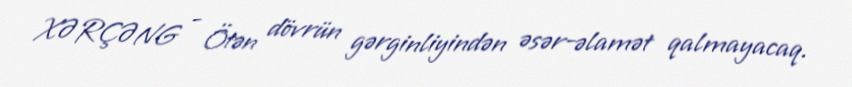
XƏRÇƏNG - Ötən dövrün gərginliyindən əsər-əlamət qalmayacaq.